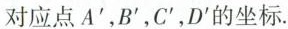
对应点A^{\prime}，B^{\prime}，C^{\prime}，D^{\prime}的坐标。